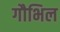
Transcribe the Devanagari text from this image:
गौभिल